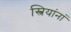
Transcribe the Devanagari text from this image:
स्त्रियांनां